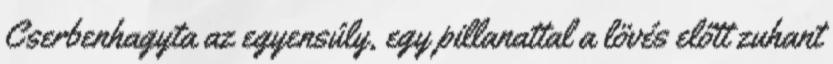
Cserbenhagyta az egyensúly, egy pillanattal a lövés előtt zuhant